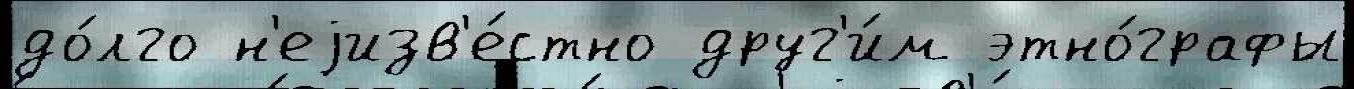
до́лго н'еjизв'е́стно друг'и́м этно́графы